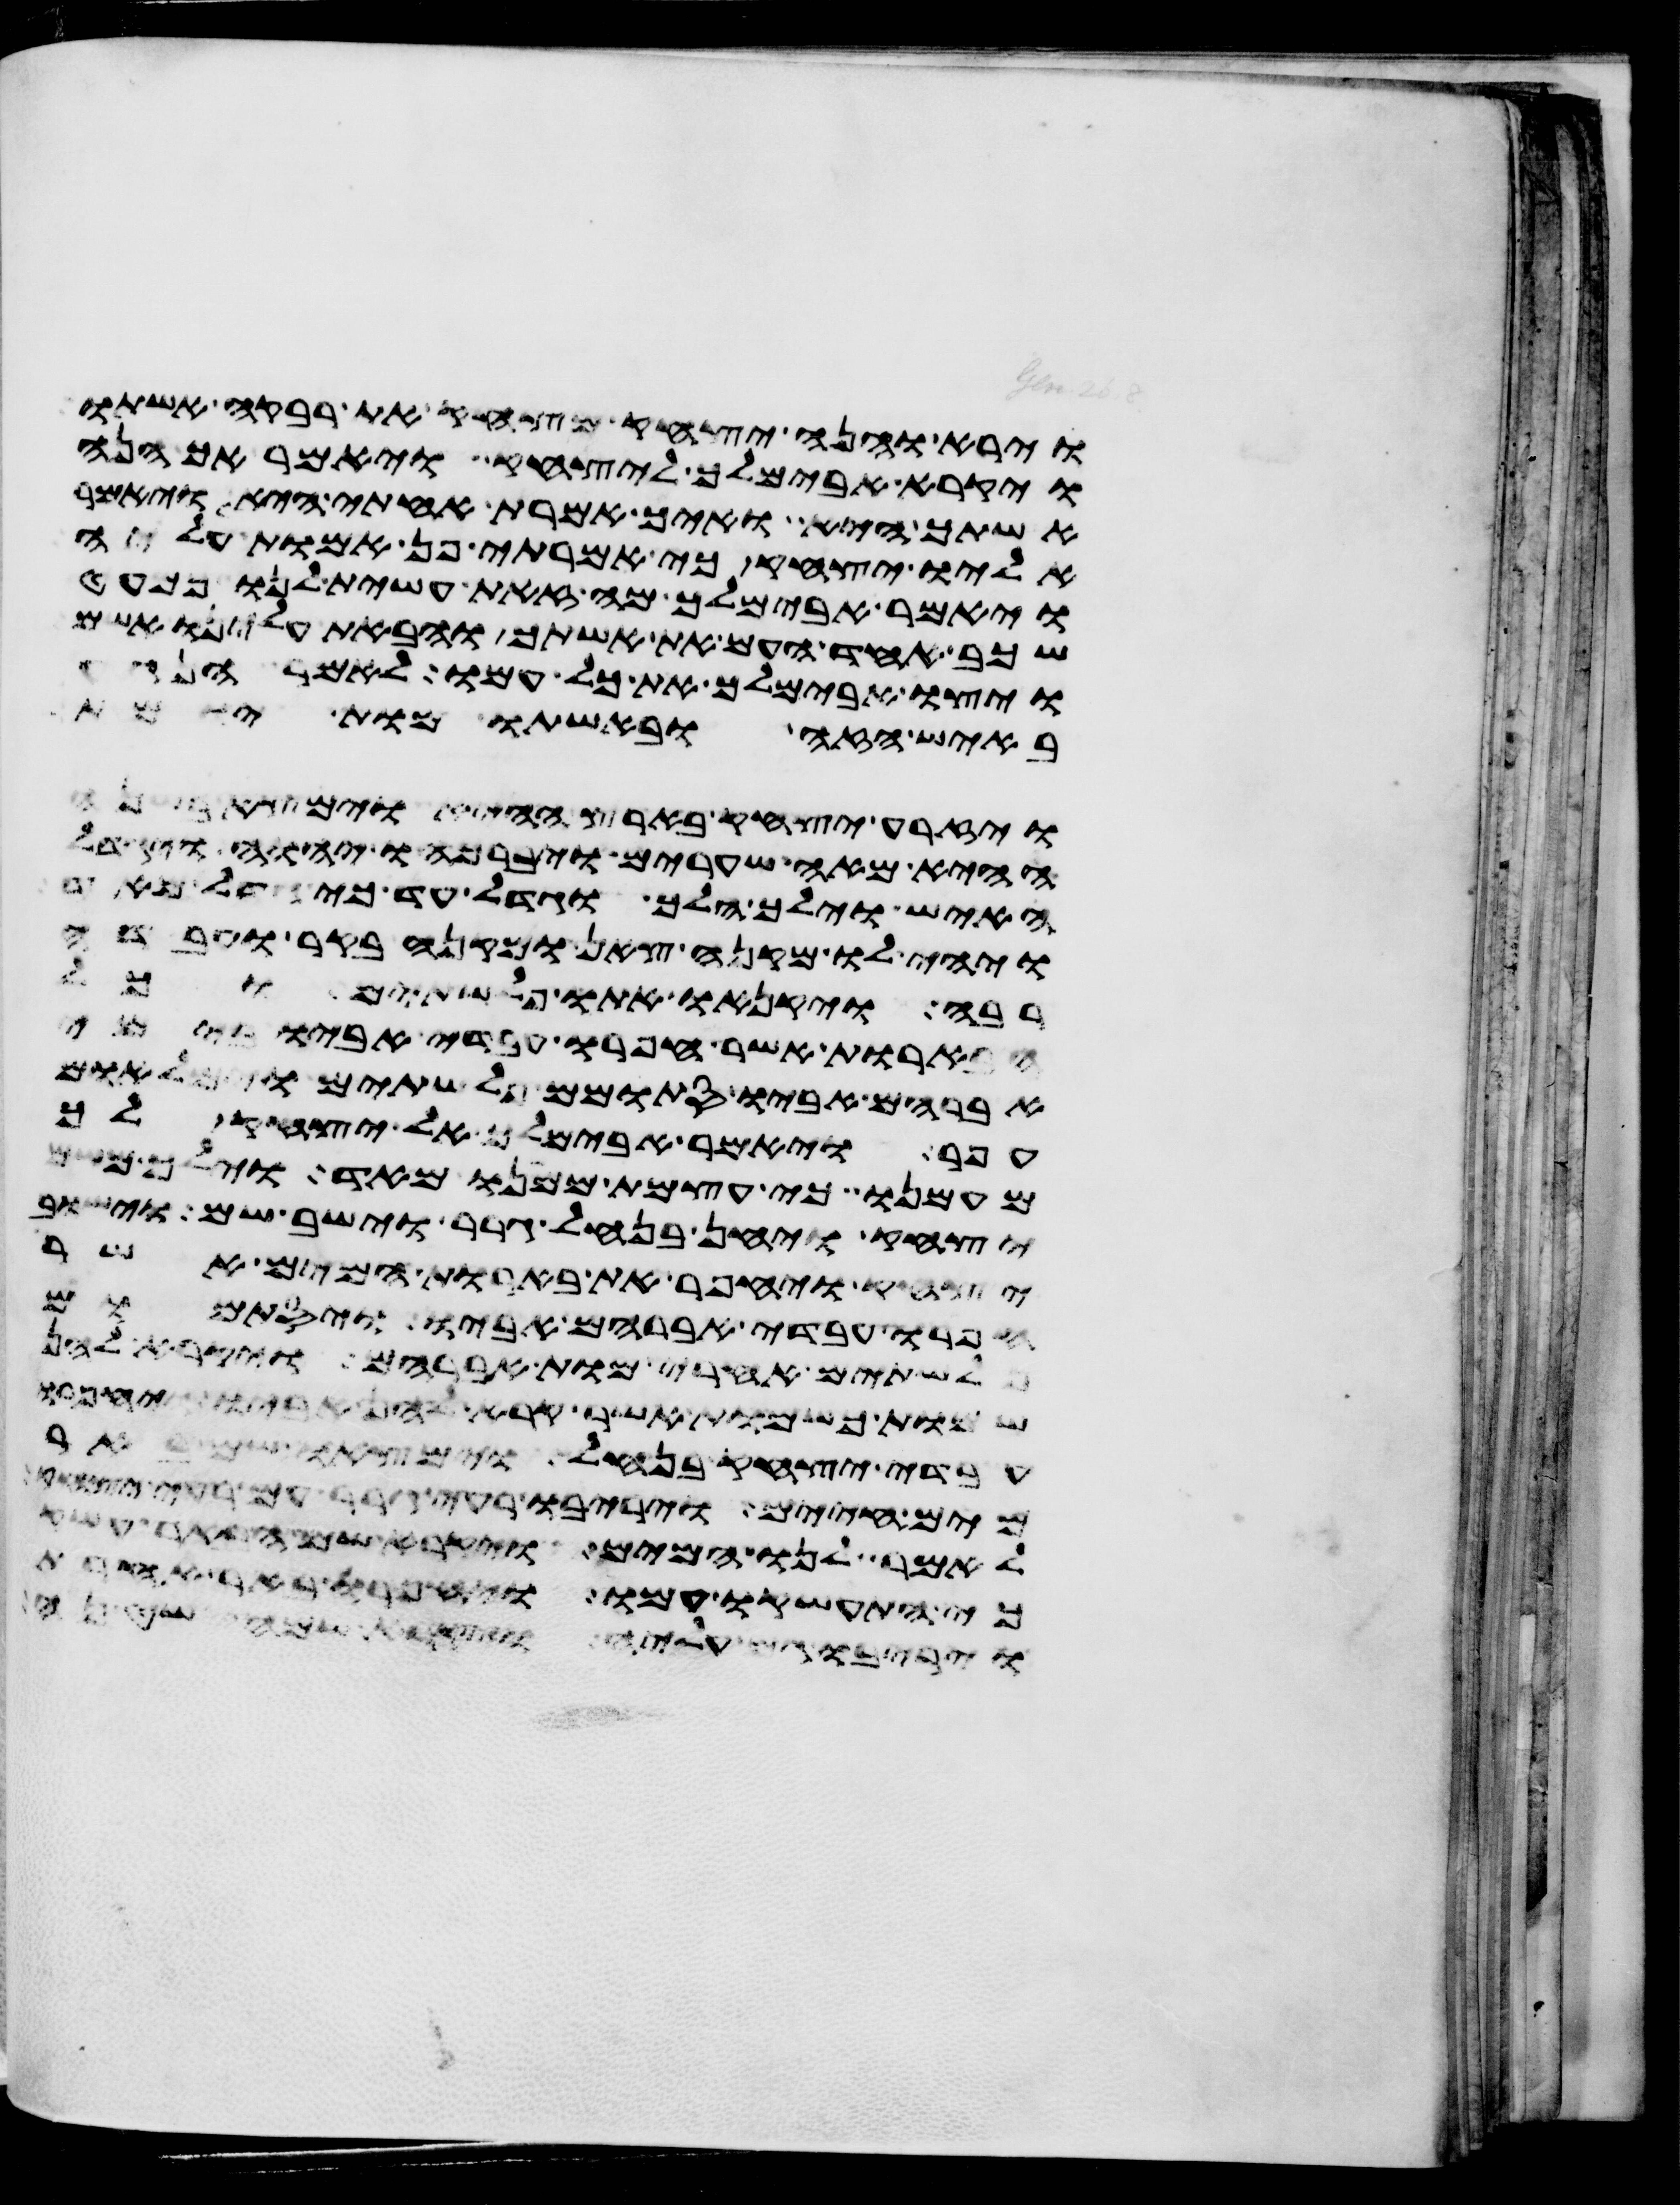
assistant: ויריבו גם עליה ויקרא שמה שטנה